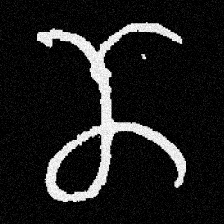
Pyu character \u2014 Myanmar letter: ဏ (romanized: nna)